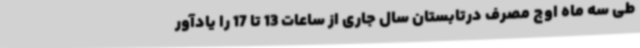
طی سه ماه اوج مصرف درتابستان سال جاری از ساعات 13 تا 17 را یادآور